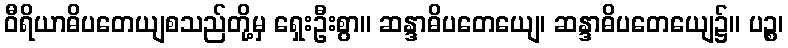
ဝီရိယာဓိပတေယျစသည်တို့မှ ရှေးဦးစွာ။ ဆန္ဒာဓိပတေယျေ၊ ဆန္ဒာဓိပတေယျေ၌။ ပဉ္စ၊